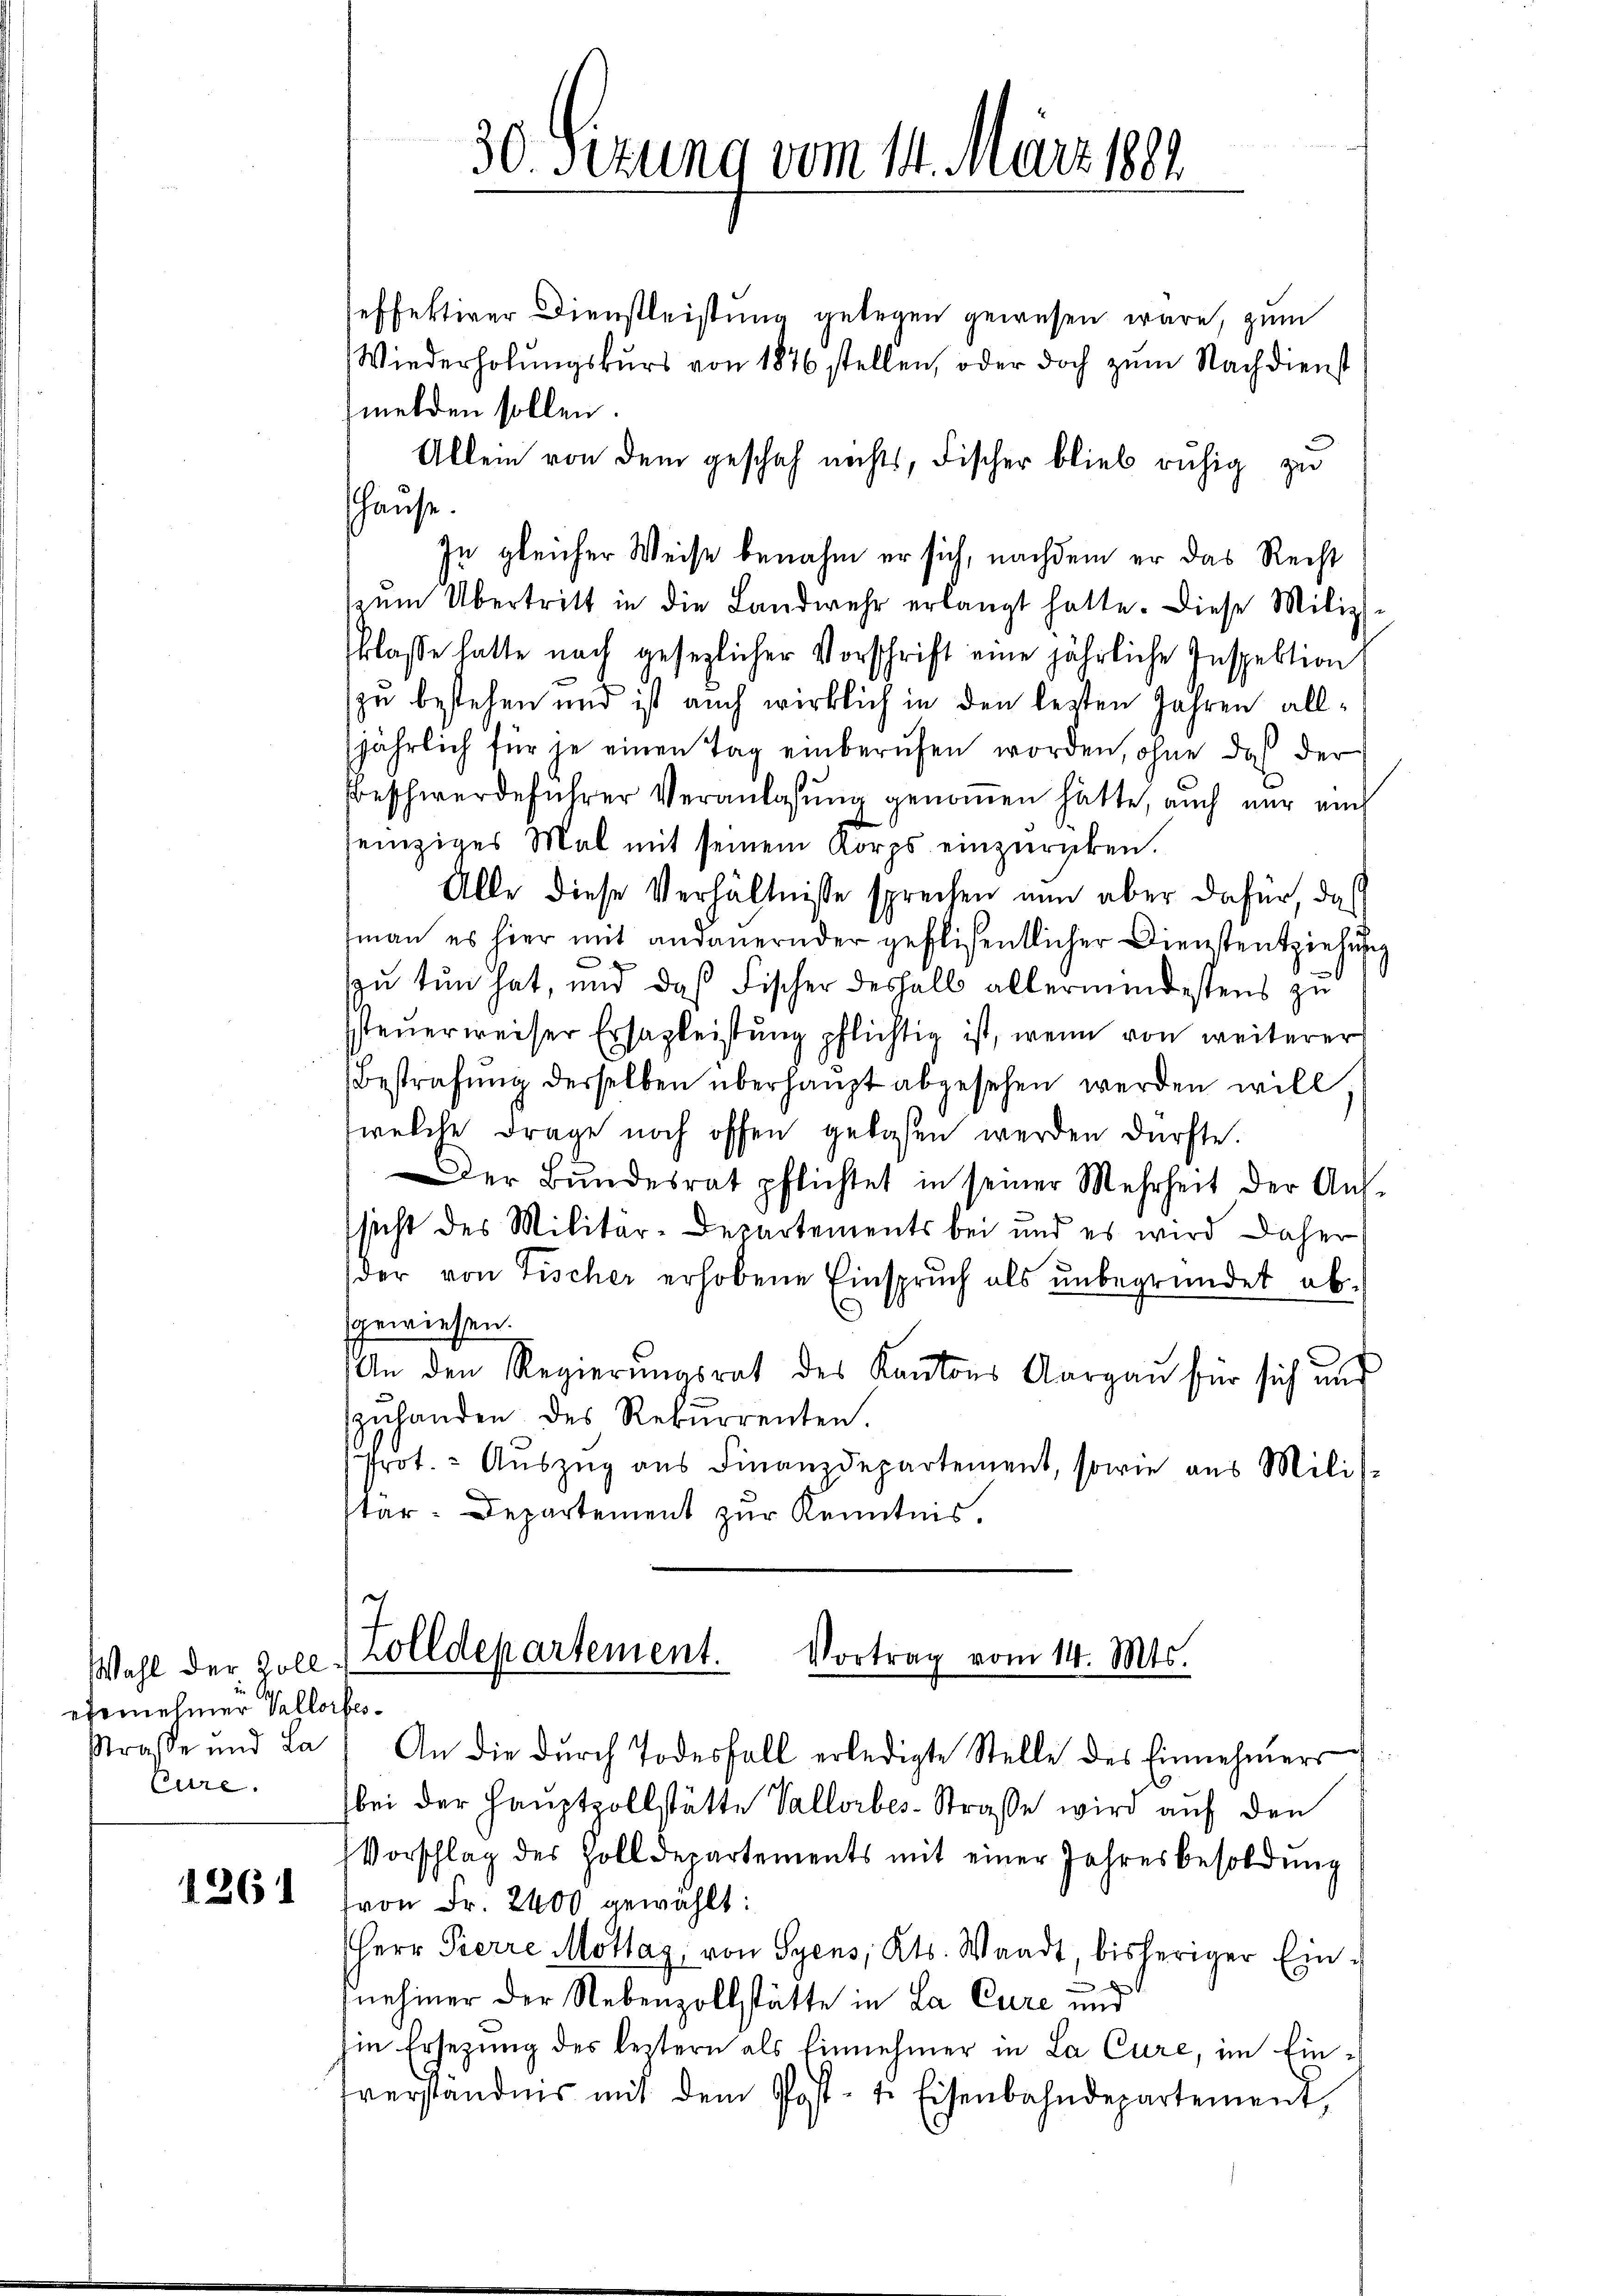
Wahl der Zollefernehmer Vallorbe¬

1261

effektiver Dienstleistung gelegen gewesen wäre, zum
Wiederholungskurs von 1876 stellen, oder doch zum Nachdienst
melden sollen.
Allein von dem geschah nichts, Fischer blieb ruhig zu
hause.
In gleicher Weise benahm er sich, nachdem er das Recht
zŭm Übertritt in die Landwehr erlangt hatte. Diese Miliz-
klasse hatte nach gesezlicher Vorschrift eine jährliche Inspektion
zu bestehen und ist auch wirklich in den lezten Jahren alljährlich für je einen Tag einberufen worden, ohne daß der
Beschwerdeführer Veranlassung genomen hätte, auch nur auch
einziges Mal mit seinem Korps einzurücken.
Alle diese Verhältnisse sprechen nun aber dafür, daß
man es hier mit andauernder geflissentlicher Dienstentziehung
zu tun hat, und daß Fischer deshalb allermindestens zu
steŭerweiser Ersazleistŭng pflichtig ist, wenn von weiterer
Bestrafŭng derselben überhaupt abgesehen werden will
welche Frage noch offen gelesen werden dürfte.
Der Bŭndesrat pflichtet in seiner Mehrheit der Aŭs-
sicht des Militär-Departements bei und es wird daher
der von Fischer erhobene Einspruch als unbegründet abgewiesen.
An den Regierŭngsrat des Kantons Aargau für sich und
zŭhanden des Rekurrenten.
Prot. Auszug aus Finanzdepartement, sowie aus Mili
tär-Departement zur Kenntnis.
e

30. Sizung vom 14. März 1881.

Zolldepartement.
Vortrag vom 14. Mts.

Straße und La) An die dŭrch Todesfall erledigte Stelle des Einnehmers
Eure. bei der Haŭptzollstätte Vallorbes-Strasse wird aŭf den
Vorschlag des Zolldepartements mit einer Jahresbesoldŭng
von Fr. 2400 gewählt:
Herr Pierre Mottag, von Syens, Kts. Waadt, bisheriger Eind
nehmer der Nebenzollstätte in La Cure und
Ein Ersezung des leztern als Einnehmer in La Cure, im Einverständnis mit dem Post- u. Eisenbahndepartement,